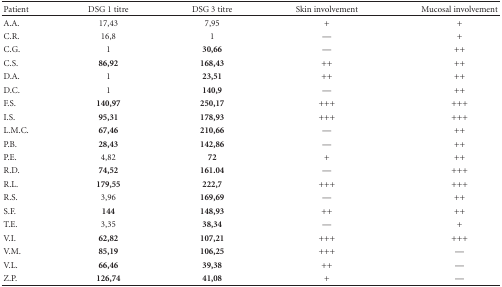
| Patient | DSG 1 titre | DSG 3 titre | Skin involvement | Mucosal involvement |
 | --- | --- | --- | --- | --- |
 | A.A. | 17,43 | 7,95 | + | + |
 | C.R. | 16,8 | 1 | — | + |
 | C.G. | 1 | 30,66 | — | ++ |
 | C.S. | 86,92 | 168,43 | ++ | ++ |
 | D.A. | 1 | 23,51 | ++ | ++ |
 | D.C. | 1 | 140,9 | — | ++ |
 | F.S. | 140,97 | 250,17 | +++ | +++ |
 | I.S. | 95,31 | 178,93 | +++ | +++ |
 | L.M.C. | 67,46 | 210,66 | — | ++ |
 | P.B. | 28,43 | 142,86 | — | ++ |
 | P.E. | 4,82 | 72 | + | ++ |
 | R.D. | 74,52 | 161.04 | — | +++ |
 | R.L. | 179,55 | 222,7 | +++ | +++ |
 | R.S. | 3,96 | 169,69 | — | ++ |
 | S.F. | 144 | 148,93 | ++ | ++ |
 | T.E. | 3,35 | 38,34 | — | + |
 | V.I. | 62,82 | 107,21 | +++ | +++ |
 | V.M. | 85,19 | 106,25 | +++ | — |
 | V.L. | 66,46 | 39,38 | ++ | — |
 | Z.P. | 126,74 | 41,08 | + | — |